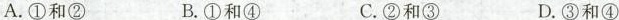
A.①和② B.①和④ C.②和③ D.③和④